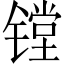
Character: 镗